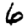
Digit: 6